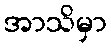
အာသိမှာ